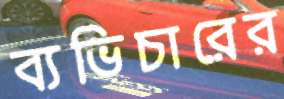
ব্যভিচারের